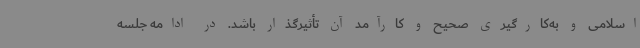
اسلامی و به‌کارگیری صحیح و کارآمد آن تأثیرگذار باشد. در ادامه جلسه